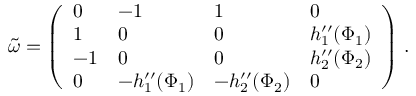
\begin{array} { r } { \tilde { \omega } = \left( \begin{array} { l l l l } { 0 } & { - 1 } & { 1 } & { 0 } \\ { 1 } & { 0 } & { 0 } & { h _ { 1 } ^ { \prime \prime } ( \Phi _ { 1 } ) } \\ { - 1 } & { 0 } & { 0 } & { h _ { 2 } ^ { \prime \prime } ( \Phi _ { 2 } ) } \\ { 0 } & { - h _ { 1 } ^ { \prime \prime } ( \Phi _ { 1 } ) } & { - h _ { 2 } ^ { \prime \prime } ( \Phi _ { 2 } ) } & { 0 } \end{array} \right) \, . } \end{array}